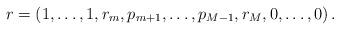
LaTeX: \begin{align*} r & = (1,\ldots ,1,r_{m},p_{m+1},\ldots ,p_{M-1},r_{M},0,\ldots,0)\,. \end{align*}